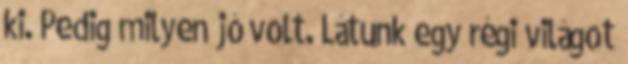
ki. Pedig milyen jó volt. Látunk egy régi világot